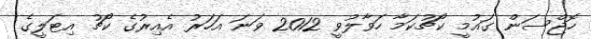
ހޮޖްސަން ގައުމީ ކޯޗުކަމާ ހަވާލުވީ 2012 ވަނަ އަހަރު އެއިރުގެ ކޯޗު އިޓަލީގެ